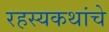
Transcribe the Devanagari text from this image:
रहस्यकथांचे